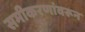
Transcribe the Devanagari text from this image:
समीकरणांवरून